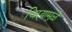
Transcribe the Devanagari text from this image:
चिऱ्यामुळे